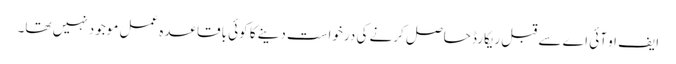
ایف او آئی اے سے قبل ریکارڈ حاصل کرنے کی درخواست دینے کا کوئی باقاعدہ عمل موجود نہیں تھا۔